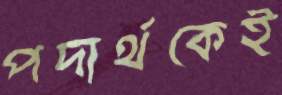
পদার্থকেই